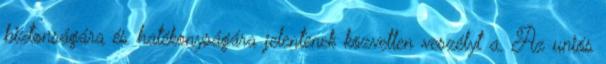
biztonságára és hatékonyságára jelentenek közvetlen veszélyt a. Az uniós